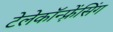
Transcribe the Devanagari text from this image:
टेलेकॉन्फ़्रेंसिंग